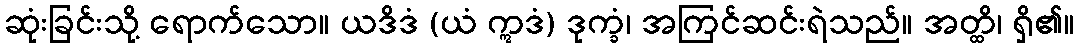
ဆုံးခြင်းသို့ ရောက်သော။ ယဒိဒံ (ယံ ဣဒံ) ဒုက္ခံ၊ အကြင်ဆင်းရဲသည်။ အတ္ထိ၊ ရှိ၏။